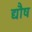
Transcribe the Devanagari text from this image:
द्यौष